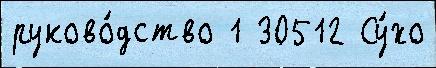
руково́дство 1 30512 Су́хо